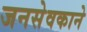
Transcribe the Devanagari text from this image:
जनसेवकाने